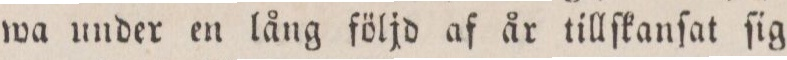
wa under en lång följd af år tillſkanſat ſig